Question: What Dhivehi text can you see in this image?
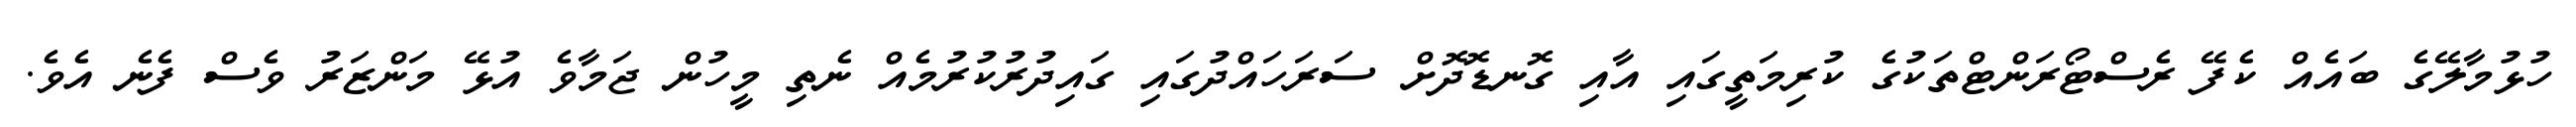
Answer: ހުޅުމާލޭގެ ބައެއް ކެފޭ ރެސްޓޯރަންޓްތަކުގެ ކުރިމަތީގައި އާއި ގޮނޑޮދޮށް ސަރަހައްދުގައި ގައިދުރުކުރުމެއް ނެތި މީހުން ޖަމާވެ އުޅޭ މަންޒަރު ވެސް ފެނެ އެވެ.